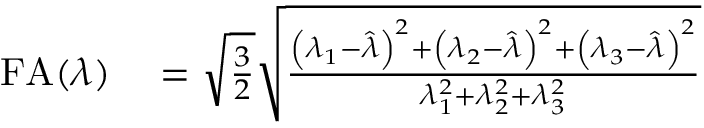
\begin{array} { r l } { \mathrm { F A } ( \lambda ) } & { { } = \sqrt { \frac { 3 } { 2 } } \sqrt { \frac { \left( \lambda _ { 1 } - \hat { \lambda } \right) ^ { 2 } + \left( \lambda _ { 2 } - \hat { \lambda } \right) ^ { 2 } + \left( \lambda _ { 3 } - \hat { \lambda } \right) ^ { 2 } } { \lambda _ { 1 } ^ { 2 } + \lambda _ { 2 } ^ { 2 } + \lambda _ { 3 } ^ { 2 } } } } \end{array}